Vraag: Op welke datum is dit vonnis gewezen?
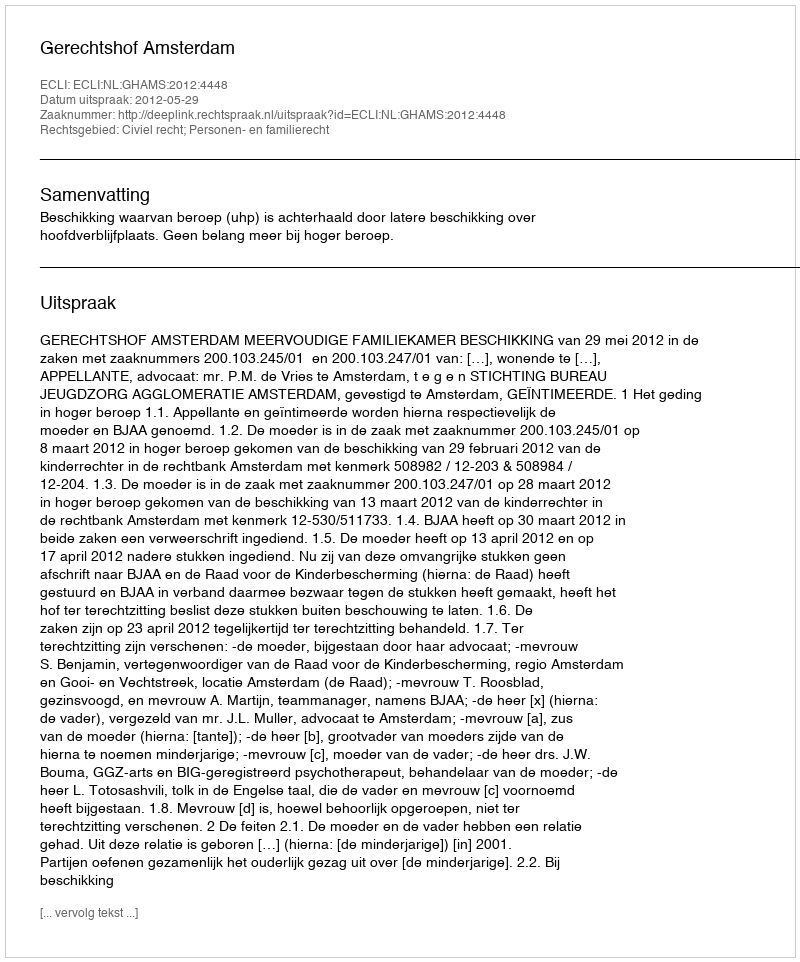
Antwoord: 2012-05-29